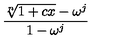
{ \frac { \root n \of { 1 + c x } - \omega ^ { j } } { 1 - \omega ^ { j } } }